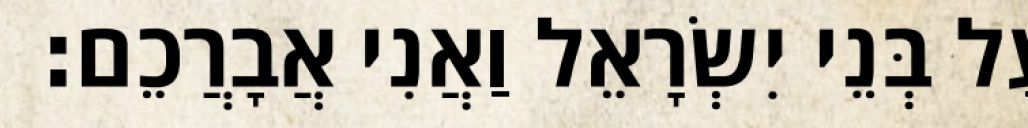
עַל בְּנֵי יִשְׂרָאֵל וַאֲנִי אֲבָרֲכֵם׃